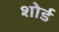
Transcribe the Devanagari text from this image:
शोर्ड